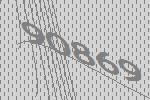
90869